Civil Veterinary Dept. Bombay admin report 1893-99 - 1893-1899
Year: 1893
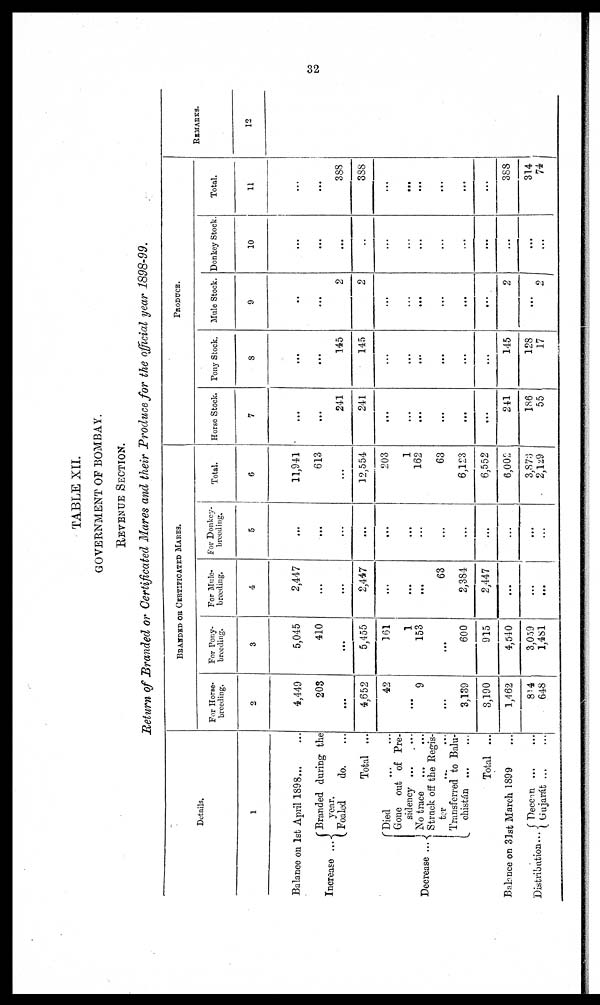
32
TABLE XII.
GOVERNMENT OF BOMBAY.
REVENUE SECTION.
Return of Branded or Certificated Mares and their Produce for the official year 1898-99.
Details.
1
Balance on 1st April 1898 ... ...
Increase ...
Decrease ...
Branded during the
year.
Foaled
do. ...
Total ...
Died
...
...
Gone out of Pre-
sidency ... ...
No trace
...
...
Struck off the Regis-
ter ... ...
Transferred to Balu-
chistán ... ...
Total ...
Balance on 31st March 1899 ...
Distribution...
Deccan ... ...
Gujarát ... ...
BRANDED OR CERTIFICATED MARES.
For Horse¬
breeding.
2
4,449
203
...
4,652
42
...
9
...
3,139
3,190
1,462
854
648
For Pony¬
breeding.
3
5,045
410
...
5,455
161
1
153
...
600
915
4,510
3,059
1,481
For Mule¬
breeding.
4
2,447
...
...
2,447
...
...
...
63
2,384
2,447
...
...
...
For Donkey¬
breeding.
5
...
...
...
...
...
...
...
...
...
...
...
...
...
Total.
6
11,941
613
...
12,554
203
1
162
63
6,123
6,552
6,002
3,873
2,129
PRODUCE.
Horse Stock.
7
...
...
241
241
...
...
...
...
...
...
241
186
55
Pony Stock.
8
...
...
145
145
...
...
...
...
...
...
145
128
17
Mule Stock.
9
...
...
2
2
...
...
...
...
...
...
2
...
2
Donkey Stock.
10
...
...
...
..
...
...
...
...
...
...
...
...
...
Total.
11
...
...
388
388
...
...
...
...
...
...
388
314
74
REMARKS.
12